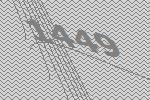
1449